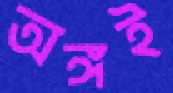
অঙ্গই